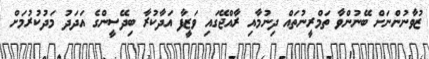
ޒުވާނުންނަށް ބޭނުންވާ ތަމްރީނުތައް ދިނުމާއި ރާއްޖޭގައި ވަޒީފާ އަދާކުރާ ބިދޭސީންގެ އަދަދު މަދުކުރުމަށް